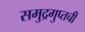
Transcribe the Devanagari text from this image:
समुद्रगुप्तची